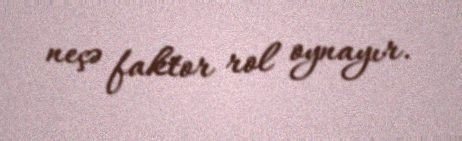
neçə faktor rol oynayır.